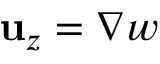
\mathbf { u } _ { z } = \nabla w